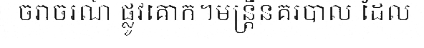
ចរាចរណ៍ ផ្លូវគោក។មន្ត្រីនគរបាល ដែល